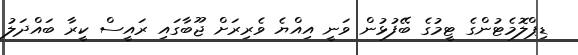
ޑިޕްލޮމެޓުންގެ ޓީމުގެ ބޭފުޅުން ވަނީ އިއްޔެ ވެރިރަށް ޖޫބާގައި ރައީސް ކީރާ ބައްދަލު